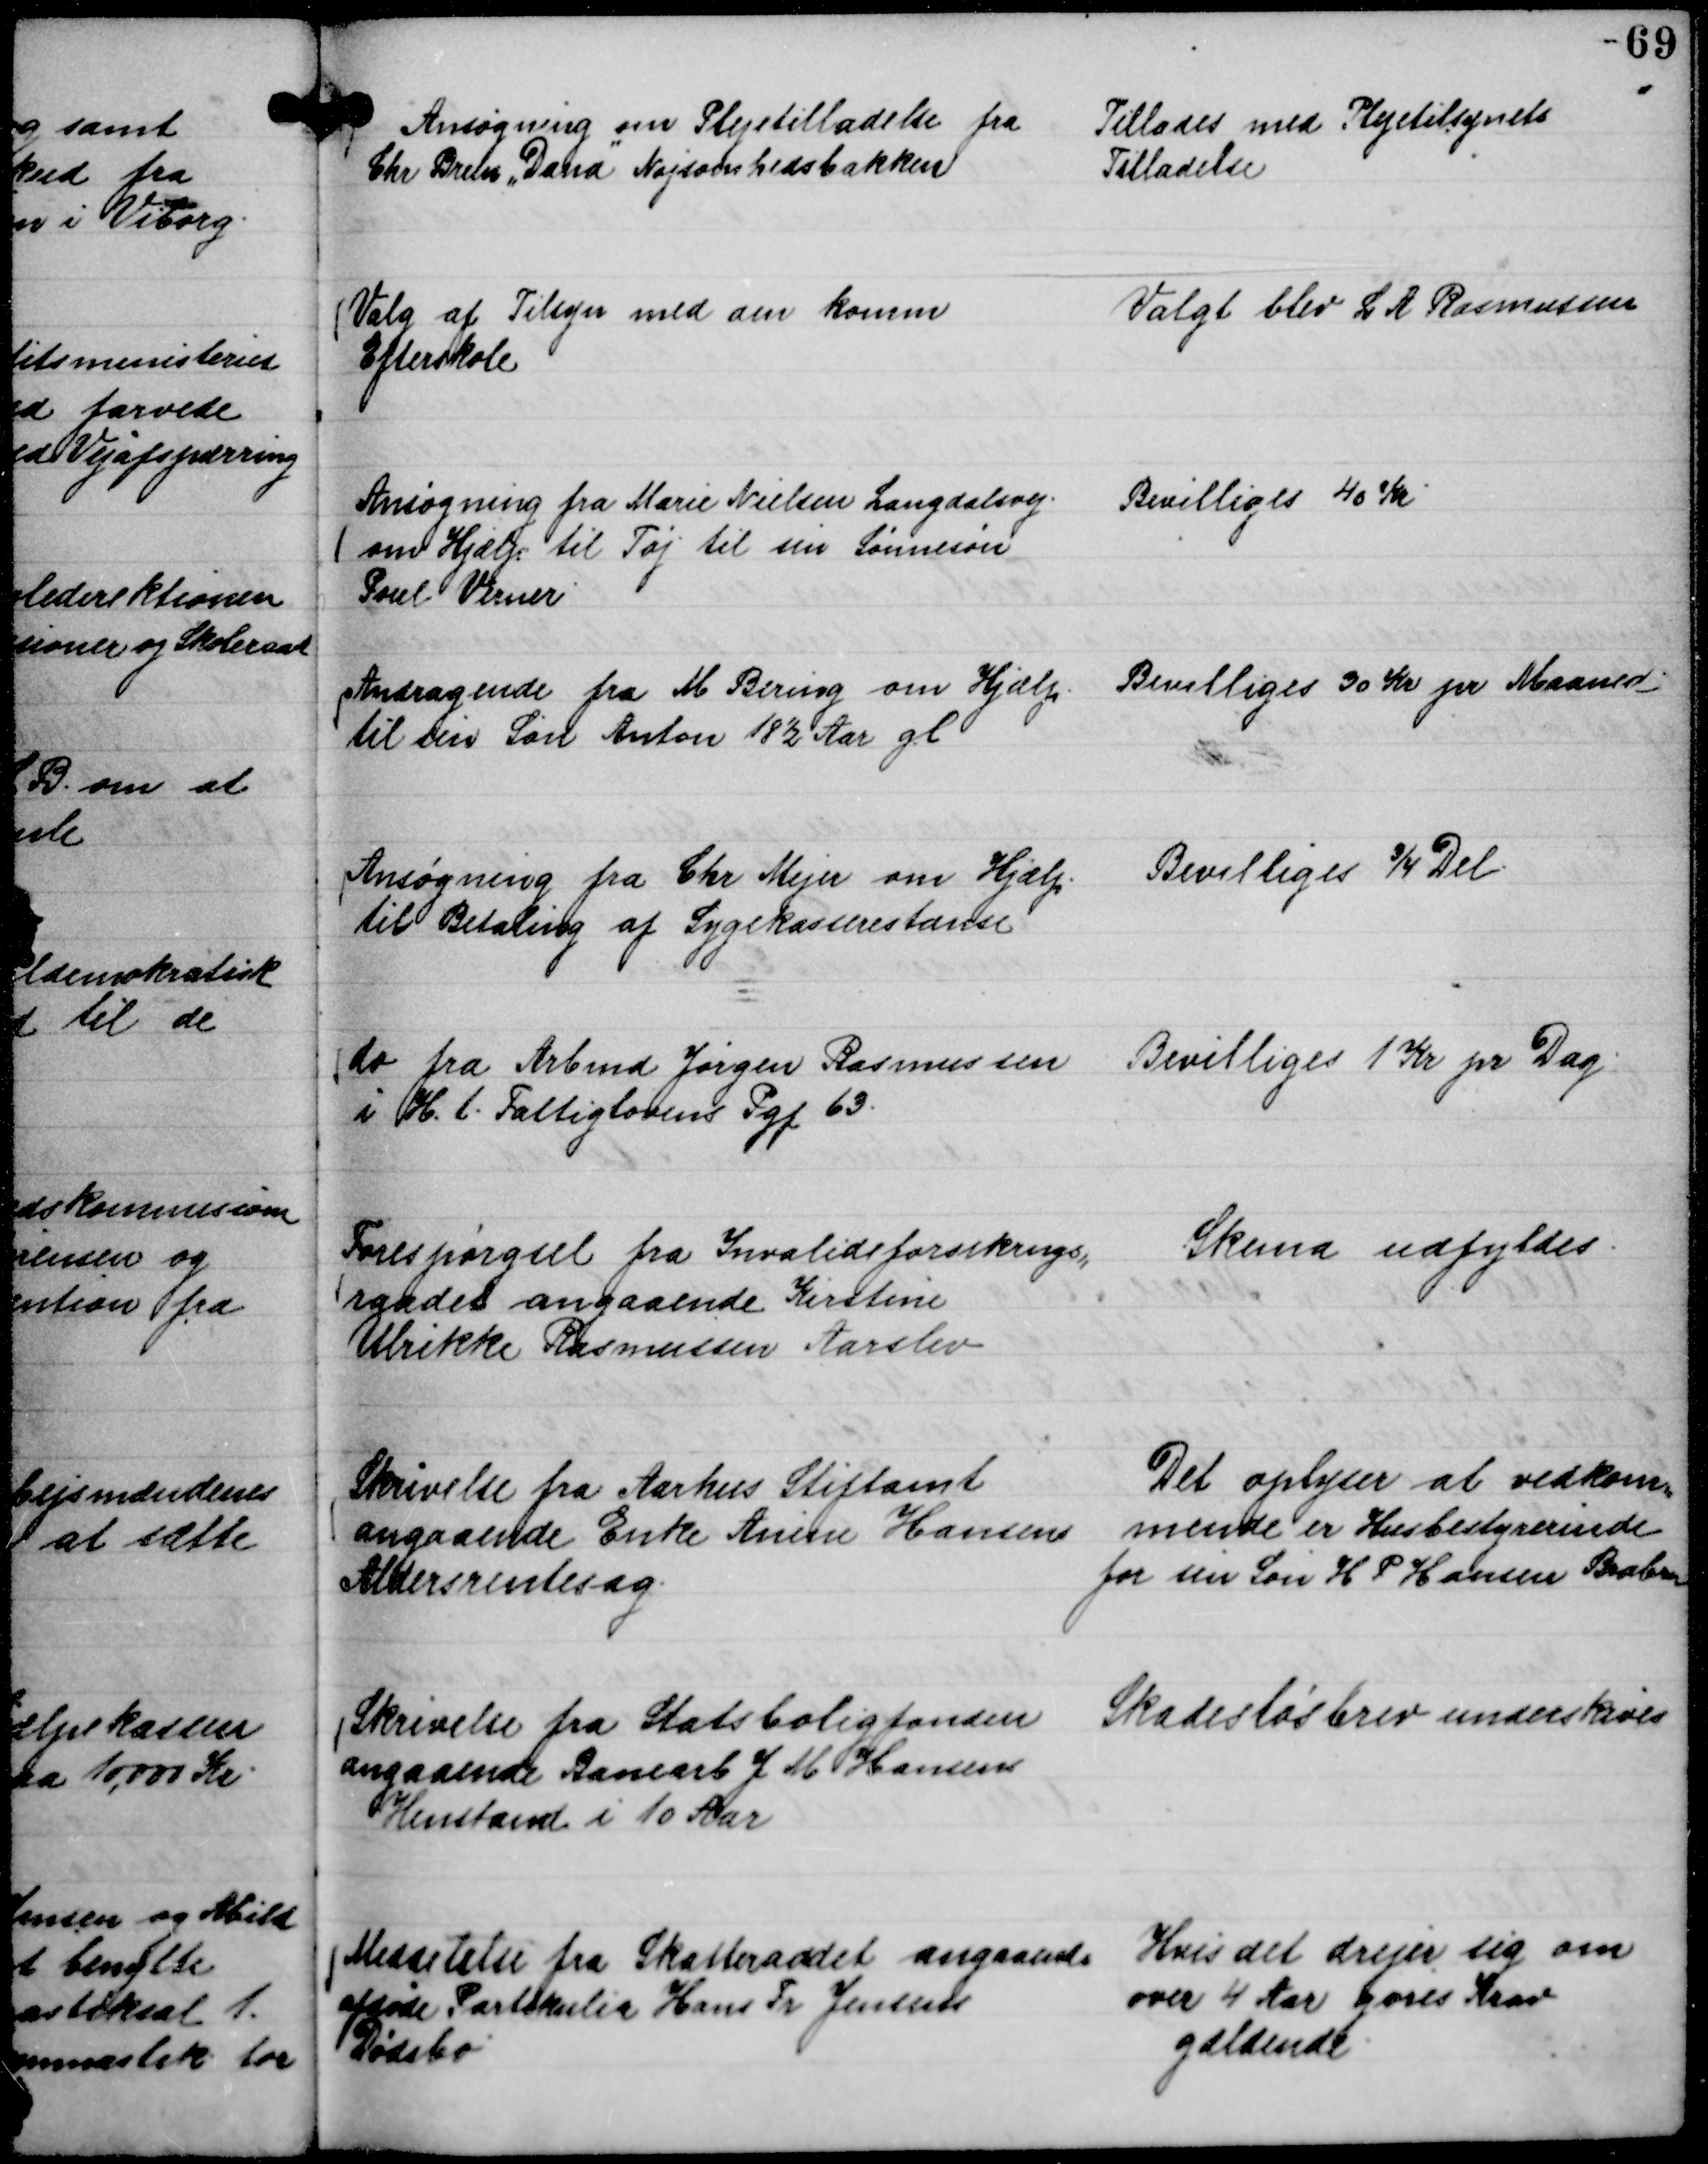
Transskription:
Ansøgning om Plejetilladelse fra
Chr Brun "Dana"

Nøjsomhedsbakken

Tillades med Plejetilsynets
Tilladelse

Valg af Tilsyn med den komm
Efterskole

Valgt blev L A Rasmussen

Ansøgning fra Marie Nielsen Langdalsvej
om Hjælp til Tøj til sin Sønnesøn
Poul Verner

Bevilliges 40 Kr.

Andragende fra M Bering om Hjælp
til sin Søn Anton 18½ Aar gl

Bevilliges 30 Kr pr Maaned.

Ansøgning fra Chr Mejer om Hjælp
til Betaling af Sygekasserestance

Bevilliges ¾ Del.

do fra Arbmd Jørgen Rasmussen
i H. t. Fattiglovens Pgf 63.

Bevilliges 1 Kr pr Dag.

Forespørgsel fra Invalideforsikrings,,
raadet angaaende Kirstine
Ulrikke Rasmussen Aarslev

Skema udfyldes.

Skrivelse fra Aarhus Stiftamt
angaaende Enke Anine Hansens
Aldersrentesag.

Det oplyser at vedkom,,
mende er Husbestyrerinde
for sin Søn H P Hansen Brabran

Skrivelse fra Statsboligfonden
angaaende Banearb J M Hansens
Henstand i 10 Aar

Skadesløsbrev underskrives

Meddelelse fra Skatteraadet angaaende
afdøde Partikulier Hans Fr Jensens
Dødsbo

Hvis det drejer sig om
over 4 Aar gøres Krav
gældende.